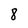
Character: 8